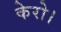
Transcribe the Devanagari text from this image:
केरो।